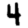
Digit: 4